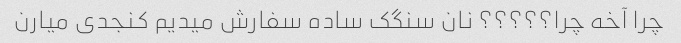
چرا آخه چرا؟؟؟؟؟ نان سنگک ساده سفارش میدیم کنجدی میارن